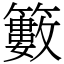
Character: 籔